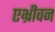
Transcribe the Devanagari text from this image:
एभ्रीवन